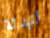
لتهدئة